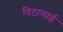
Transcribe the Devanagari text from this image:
विठामाई